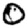
Digit: 0